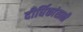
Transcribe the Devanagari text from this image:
दीर्घिकांसाठी